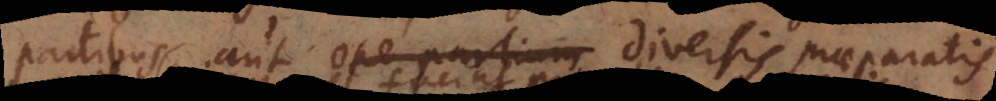
partibus, aut ope partium diversis praeparatis